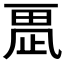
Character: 𣦂